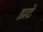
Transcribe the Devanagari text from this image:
झटे